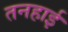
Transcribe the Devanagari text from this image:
तनहाई